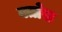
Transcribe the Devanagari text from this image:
क्तोस